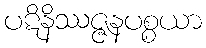
ပဋိနိဿဇ္ဇနပစ္စယာ